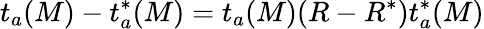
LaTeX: t_{a}(M)-t_{a}^{*}(M)=t_{a}(M)(R-R^{*})t_{a}^{*}(M)